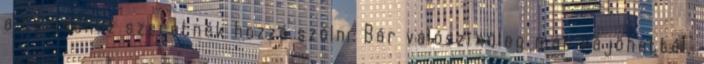
a témádhoz szeretnék hozzá szólni: Bár valószínűleg már rájöhettél,